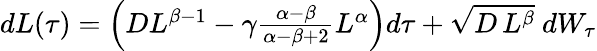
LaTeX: \begin{array}{r}{dL(\tau)=\left(DL^{\beta-1}-\gamma\frac{\alpha-\beta}{\alpha-\beta+2}L^{\alpha}\right)d\tau+\sqrt{D\, L^{\beta}}\ dW_{\tau}}\end{array}